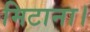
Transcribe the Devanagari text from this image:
मिटाना।